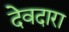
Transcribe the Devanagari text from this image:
देवदारा